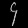
Digit: ၄